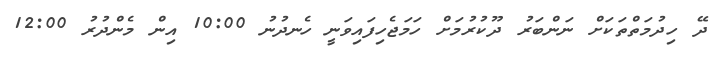
ދޭ ހިދުމަތްތަކަށް ނަންބަރު ދޫކުރުމަށް ހަމަޖެހިފައިވަނީ ހެނދުނު 10:00 އިން މެންދުރު 12:00